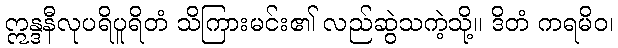
ဣန္ဒနီလုပရိပူရိတံ သိကြားမင်း၏ လည်ဆွဲသကဲ့သို့။ ဒိတံ ကရမိဝ၊